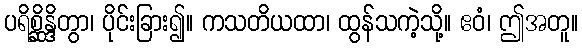
ပရိစ္ဆိန္ဒိတွာ၊ ပိုင်းခြား၍။ ကသတိယထာ၊ ထွန်သကဲ့သို့။ ဧဝံ၊ ဤအတူ။